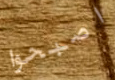
اصبحوا